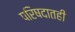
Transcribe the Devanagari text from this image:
परिषदातही